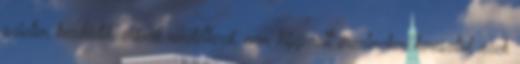
szinten kezdődik, erővel rendelkező, nem kifejezett érzelmeken keresztül, ezek